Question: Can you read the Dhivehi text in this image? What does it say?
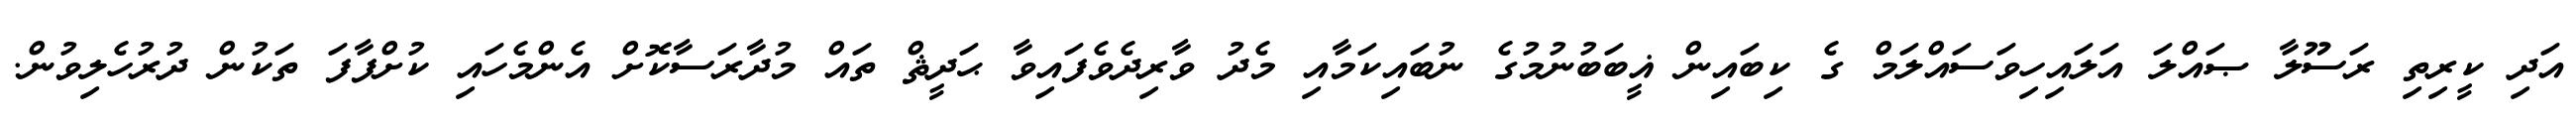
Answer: އަދި ކީރިތި ރަސޫލާ ޞައްލަ އަލައިހިވަސައްލަމް ގެ ކިބައިން ޣީބަބުނުމުގެ ނުބައިކަމާއި މެދު ވާރިދެވެފައިވާ ޙަދީޘް ތައް މުދާރަސާކޮށް އެންމެހައި ކުށްފާފަ ތަކުން ދުރުހެލިވުން.